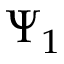
\Psi _ { 1 }